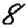
Digit: 8